Vital statistics of India. Vol. IV, Annual returns from 1871 to 1876. British Army of India, Native Army and jails of Bengal
Year: 1871
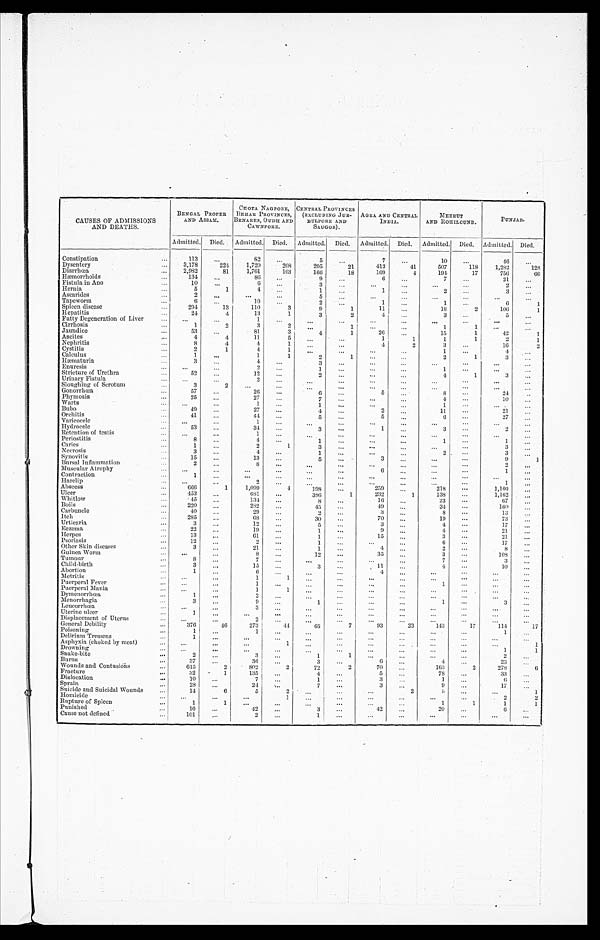
CAUSES OF ADMISSIONS
AND DEATHS.
BENGAL PROPER
AND ASSAM.
CHOTA NAGPORE,
BEHAR. PROVINCES,
BENARES, OUDH AND
CAWNPORE.
CENTRAL PROVINCES
(EXCLUDING J
UB-BULPORE AND
SAUGOR).
AGRA AND CENTRAL
INDIA.
MEERUT
AND ROHILCUND.
PUNJAB.
Admitted. Died. Admitted. Died.
A d m i t t e d .
Died. Admitted. Died. Admitted. Died. Admitted. Died.
Constipation
113
...
82
...
5
...
7
...
10
...
46
...
Dysentery
3,178
224
1,720
208
205
21
413
41
507
118
1,282
128
Diarrhœa
2,982
81
1,761
103
166
18
169
4
194
17
756
66
Hæmorrhoids
134
...
86
. . .
9 . . . 6
...
7
. . . 21
. . .
Fistula in Ano
10
. . .
6 . . . 3
. . .
...
. . .
. . .
. . . 2
. . .
Hernia
5
1
4
...
1
...
1
...
2
. . . 3
...
Ascarides
2
...
. . .
...
5
...
...
...
...
...
...
...
Tapeworm
6
. . . 10
...
2
...
1
...
1
. . . 6
1
Spleen disease
294
13
110
3
9
1
11
. . . 18
2
106
1
Hepatitis
24
4
13
1
3
2
4
...
3
. . . 5
...
Fatty Degeneration of Liver
...
...
1
...
..
...
. . .
. . .
. . .
. . .
. . .
. . .
Cirrhosis
1
2
3
2
...
1
. . .
...
1
1
...
...
Jaundice
53
. . . 81
3
4
1
26
. . .
15
1
42
1
Ascites
4
4
11
5
. . .
...
1
1
1
1
2
1
Nephritis
8
4
4
1
. . .
...
4
2
3
...
16
2
Cystitis
2
1
4
1
. . .
. . .
...
. . . 1
...
4
. . .
Calculus
1
...
1
1
2
1
. . .
. . . 2
1
3
. . .
Hæmaturia
3
. . . 4
...
3
. . .
. . .
. . .
...
. . .
. . .
. . .
Enuresis
...
...
2
. . . 1
...
. . .
. . . 1
. . .
. . .
. . .
Stricture of Urethra
52
...
12
. . . 2
...
...
...
4
1
3
. . .
Urinary Fistula
. . .
...
2
...
...
...
...
...
...
. . .
. . .
. . .
Sloughing of Scrotum
3
2
...
. . .
. . .
...
...
. . .
. . .
. . .
. . .
. . .
Gonorrhæa
5 7
...
26
. . .
6
...
5
. . . 8
. . . 24
. . .
Phymosis
25
...
27
...
7
...
...
. . .
4
. . .
10
. . .
Warts
. . .
...
1
...
1
. . .
...
...
1
. . .
. . .
...
Bubo
49
...
27
. . .
4
...
2
. . .
11
. . . 21
...
Orchitis
41
...
44
...
5
...
5
...
6
. . .
27
...
Varicocele
. . .
...
1
. . .
...
. . .
. . .
...
. . .
. . .
. . .
. . .
Hydrocele
53
. . .
34
...
3
...
1
...
3
. . .
2
. . .
Retention of testis
. . .
...
1
...
...
. . .
. . .
...
. . .
. . .
. . .
. . .
Periostitis
8
. . . 4
...
1
...
...
...
1
. . . 1
...
Caries
1
. . .
2
1
3
...
...
...
...
...
3
3
...
Necrosis
3
. . .
4
. . . 1
...
. . .
...
2
. . .
3
. . .
Synovitis
15
. . .
13
...
5
...
3
...
. . .
. . .
9
1
Bursal Inflammation
2
. . .
8
...
...
...
...
...
...
. . .
2
. . .
Muscular Atrophy
. . .
. . .
. . .
...
. . .
...
6 . . .
. . .
...
1
. . .
Contraction
1
. . .
. . .
. . .
...
. . .
. . .
. . .
. . .
. . .
. . .
. . .
Harelip
. . .
. . .
2
. . .
. . .
. . .
. . .
. . .
. . .
. . . 1
. . .
Abscess
666
1
1,099
4 198
. . .
259
...
218
. . .
1,160
...
Ulcer
453
...
681
...
386
1
232
1
138
. . .
1,162
. . .
Whitlow
45
. . .
134
...
8
...
16
. . .
23
...
67
...
Boils
220
...
282
. . . 45
. . . 49
...
34
. . . 160
. . .
Carbuncle
40
...
29
...
2
...
3
...
8
. . .
1 3
. . .
Itch
285
...
68
. . . 30
. . . 70
. . .
19
. . .
73
. . .
Urticaria
3
...
12
...
5
. . .
3
. . .
4
. . .
17
. . .
Eczema
22
...
19
...
1
. . . 9
...
4
. . .
21
. . .
Herpes
13
. . .
61
...
1
...
15
...
3
...
21
. . .
Psoriasis
12
...
2
...
1
. . .
. . .
. . .
6
. . .
17
. . .
Other Skin diseases
3
. . . 21
...
1
. . .
4
. . . 2
. . .
8
...
Guinea Worm
. . .
. . .
8
. . . 12
. . .
35
. . .
3
. . .
108
. . .
Tumour
8
. . . 7
...
...
. . .
. . .
. . . 7
. . .
3
. . .
Child-birth
3
. . . 15
. . .
3
...
1 1
...
4
. . .
10
. . .
Abortion
1
. . .
6 . . .
. . .
. . .
4
. . .
. . .
. . .
. . .
. . .
Metritis
...
...
1
1
. . .
...
. . .
...
. . .
. . .
. . .
. . .
Puerperal Fever
...
...
1
...
. . .
...
. . .
. . .
1
. . .
. . .
. . .
Puerperal Mania
. . .
...
1
1
. . .
. . .
. . .
...
. . .
. . .
. . .
. . .
Dymenorrhœa
1
...
2
...
. . .
...
. . .
. . .
. . .
. . .
. . .
. . .
Menorrhagia
3
...
9
...
1
. . .
. . .
. . . 1
. . .
3
. . .
Leucorrhœa
...
...
3
. . .
...
. . .
. . .
. . .
. . .
. . .
. . .
. . .
Uterine ulcer
1
...
. . .
...
. . .
. . .
. . .
...
. . .
. . .
. . .
. . .
Displacement of Uterus
...
. . . 2
. . .
. . .
. . .
. . .
. . .
. . .
. . .
. . .
. . .
General Debility
376
46
273
44
65
7
93
23
143
17
114
17
Poisoning
1
...
1
...
. . .
. . .
. . .
. . .
. . .
. . .
1 . . .
Delirium Tremens
1
...
. . .
...
. . .
. . .
. . .
. . .
. . .
. . .
. . .
. . .
Asphyxia (choked by meat)
...
...
...
1
. . .
. . .
. . .
...
. . .
. . .
. . .
1
Drowning
...
...
...
...
. . .
...
...
...
. . .
. . .
1
1
Snake-bite
2
. . . 3
...
1
1
. . .
. . .
. . .
. . . 2
. . .
Burns
37
. . . 36
...
3
. . .
6
. . .
4
. . . 23
. . .
Wounds and Contusions
615
2
802
2
72
2
70
. . . 163
2
278
6
Fracture
32
1
135
...
4
...
5
. . .
78
. . .
33
. . .
Dislocation
10
...
7
...
1
. . .
3
. . . 1
. . .
6 . . .
Sprain
28
...
2 4
. . . 7
. . .
3
. . .
9
...
17
. . .
Suicide and Suicidal Wounds
14
6
5
2
. . .
. . .
. . .
2
5
. . .
. . .
1
Homicide
...
...
...
1 . . .
...
. . .
. . .
. . .
. . .
2
2
Rupture of Spleen
1
1
...
...
...
. . .
. . .
. . .
1
1
1
1
Punished
16
...
42
...
3
. . .
42
...
20
...
6 . . .
Cause not defined
101
. . .
2
...
1
...
. . .
. . .
. . .
. . .
. . .
. . .